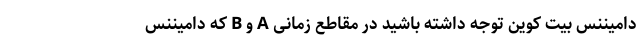
دامیننس بیت کوین توجه داشته باشید در مقاطع زمانی A و B که دامیننس